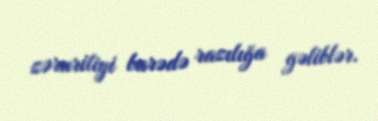
zəruriliyi barədə razılığa gəliblər.